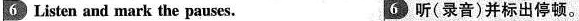
6 Listen and mark the pauses. 6 听(录音)并标出停顿.